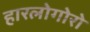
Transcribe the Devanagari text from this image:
हारलोगोरो